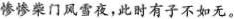
惨惨柴门风雪夜，此时有子不如无。